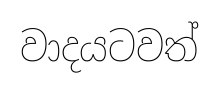
වාදයටවත්